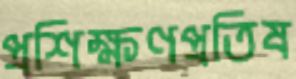
প্রশিক্ষণপ্রতিষ